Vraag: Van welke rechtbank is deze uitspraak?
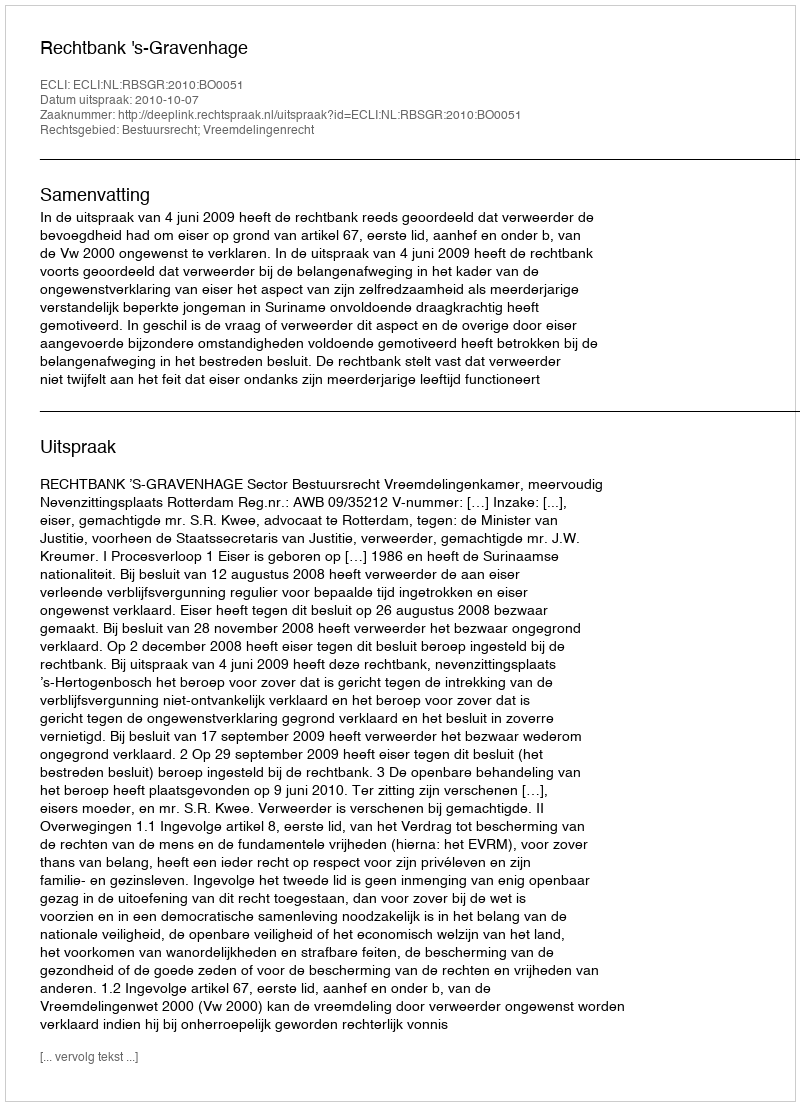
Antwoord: Rechtbank 's-Gravenhage